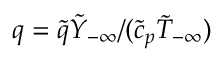
q = \tilde { q } \tilde { Y } _ { - \infty } / ( \tilde { c } _ { p } \tilde { T } _ { - \infty } )